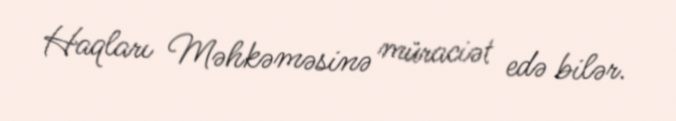
Haqları Məhkəməsinə müraciət edə bilər.